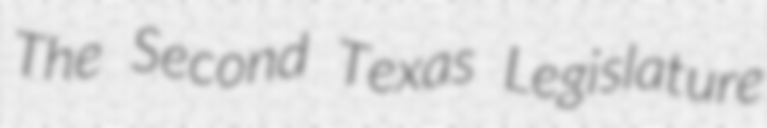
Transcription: The Second Texas Legislature